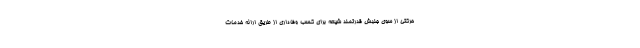
حرکتی از سوی جنبش قدرتمند شیعه برای کسب وفاداری از طریق ارائه خدمات